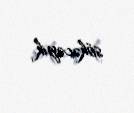
sökəcəyik.